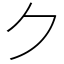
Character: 𠂊